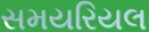
સમયરિયલ